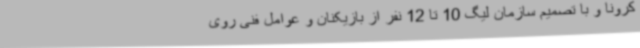
کرونا و با تصمیم سازمان لیگ 10 تا 12 نفر از بازیکنان و عوامل فنی روی